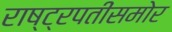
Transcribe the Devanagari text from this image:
राष्ट्रपतींसमोर